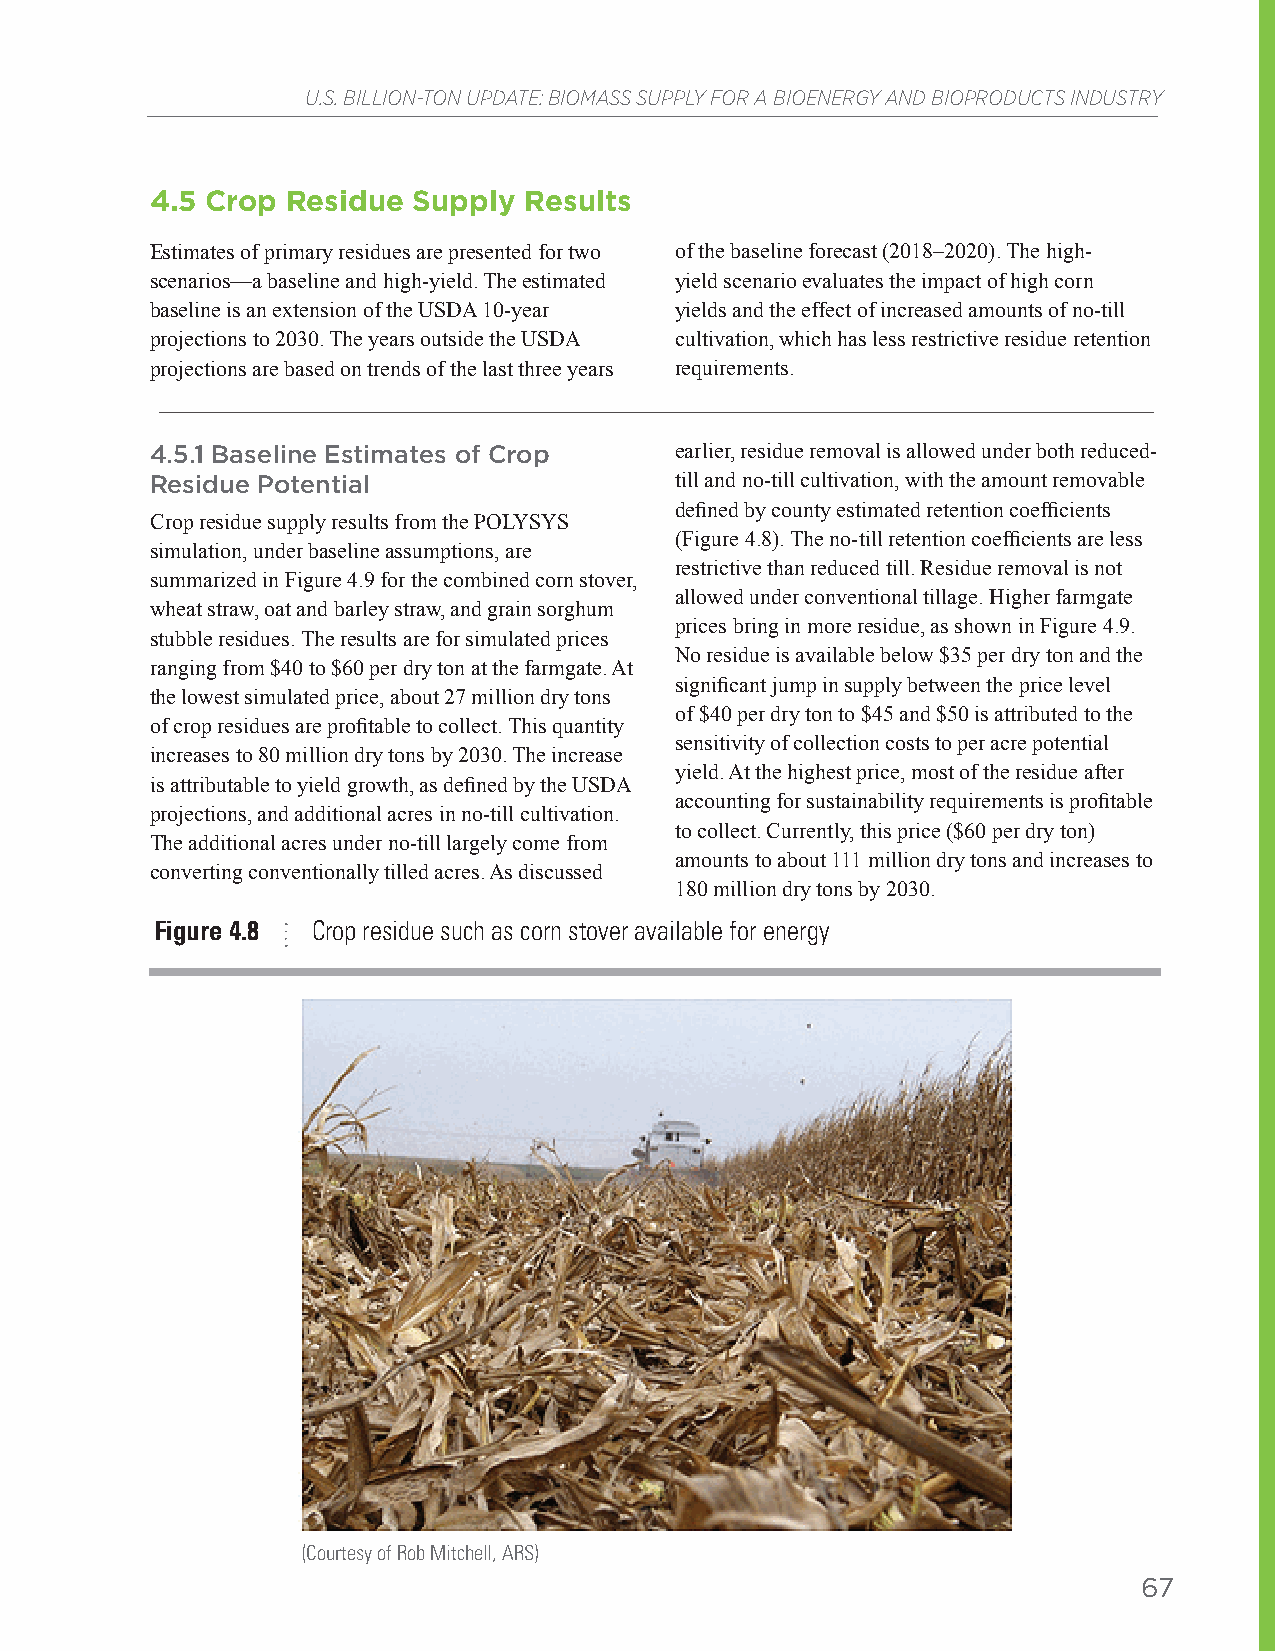
U.S. BILLION-TON UPDATE: BIOMASS SUPPLY FOR A BIOENERGY AND BIOPRODUCTS INDUSTRY
 4.5 Crop Residue Supply  Results
 Estimates of primary residues are presented for two of the baseline forecast (2018–2020). The high-
 scenarios—a baseline and high-yield. The estimated yield scenario evaluates the impact of high corn
 baseline is an extension of the USDA 10-year yields and the effect of increased amounts of no-till
 projections to 2030. The years outside the USDA cultivation, which has less restrictive residue retention
 projections are based on trends of the last three years requirements.
 4.5.1 Baseline Estimates of Crop   earlier, residue removal is allowed under both reduced-
 Residue Potential                  till and no-till cultivation, with the amount removable
 defined by county estimated retention coefficients
 Crop residue supply results from the POLYSYS
 (Figure 4.8). The no-till retention coefficients are less
 simulation, under baseline assumptions, are
 restrictive than reduced till. Residue removal is not
 summarized in Figure 4.9 for the combined corn stover,
 allowed under conventional tillage. Higher farmgate
 wheat straw, oat and barley straw, and grain sorghum
 prices bring in more residue, as shown in Figure 4.9.
 stubble residues. The results are for simulated prices
 No residue is available below $35 per dry ton and the
 ranging from $40 to $60 per dry ton at the farmgate. At
 significant jump in supply between the price level
 the lowest simulated price, about 27 million dry tons
 of $40 per dry ton to $45 and $50 is attributed to the
 of crop residues are profitable to collect. This quantity
 sensitivity of collection costs to per acre potential
 increases to 80 million dry tons by 2030. The increase
 yield. At the highest price, most of the residue after
 is attributable to yield growth, as defined by the USDA
 accounting for sustainability requirements is profitable
 projections, and additional acres in no-till cultivation.
 to collect. Currently, this price ($60 per dry ton)
 The additional acres under no-till largely come from
 amounts to about 111 million dry tons and increases to
 converting conventionally tilled acres. As discussed
 180 million dry tons by 2030.
 Figure 4.8 Crop residue such as corn stover available for energy
 (Courtesy of Rob Mitchell, ARS)
 67